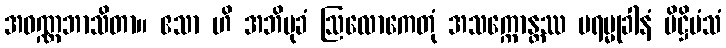
အဝဏ္ဏဘာသိတာ။ ဧသာ ဟိ အဘိမုခံ ဩလောကေတုံ အသက္ကောန္တဿ ပရမ္မုခါနံ ပိဋ္ဌိမံသံ